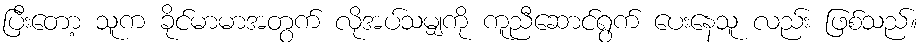
ပြီးတော့ သူက ခိုင်မာမာအတွက် လိုအပ်သမျှကို ကူညီဆောင်ရွက် ပေးနေသူ လည်း ဖြစ်သည်။